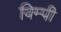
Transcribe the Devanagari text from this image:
विम्पी